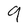
Character: 9